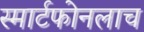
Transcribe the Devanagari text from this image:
स्मार्टफोनलाच